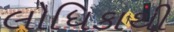
લોધિકાથી